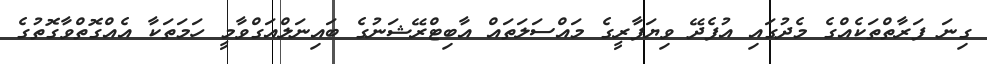
ގިނަ ފަރާތްތަކެއްގެ މެދުގައި އުފެދޭ ވިޔަފާރީގެ މައްސަލަތައް އާބިޓްރޭޝަނުގެ ބައިނަލްއަގްވާމީ ހަމަތަކާ އެއްގޮތްވާގޮތުގެ